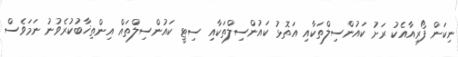
ނިކަން ފޯރިއާއެކު ރަށު ކައުންސިލްތަކާއި އަތޮޅު ކައުންސިލްތަކާއި ސިޓީ ކައުންސިލްތައް އިންތިޚާބުކުރެވުނު ނަމަވެސް